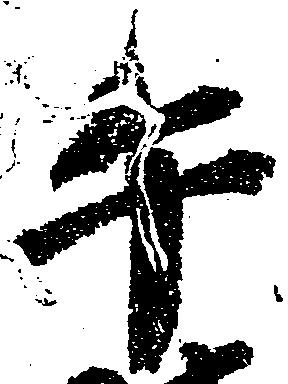
午